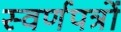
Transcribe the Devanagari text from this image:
स्वर्णपत्रों